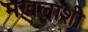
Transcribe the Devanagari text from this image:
मखलाशी